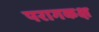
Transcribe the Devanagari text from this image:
परागकक्ष